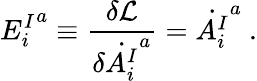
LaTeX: {E_{i}^{I}}^{a}\equiv\frac{\delta{\cal L}}{\delta\dot{A_{i}^{I}}^{a}}=\dot{A_{i}^{I}}^{a}~.